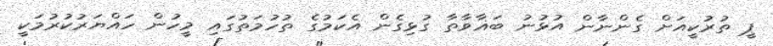
ޕީ ތުރުކީއަށް ގެންނާން އުޅުނު ބަޣާވާތާ ގުޅިގެން އެކަމުގެ ތުހުމަތުގައި މީހުން ހައްޔަރުކުރުމަކީ